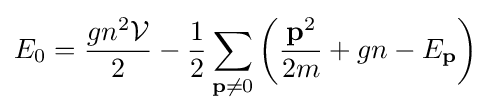
E_{0}={\frac {gn^{2}{\mathcal {V}}}{2}}-{\frac {1}{2}}\sum _{\mathbf {p} \neq 0}\left({\frac {\mathbf {p} ^{2}}{2m}}+gn-E_{\mathbf {p} }\right)